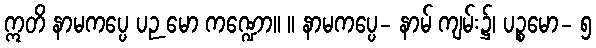
ဣတိ နာမကပ္ပေ ပဉ မော ကဏ္ဍော။ ။ နာမကပ္ပေ- နာမ် ကျမ်း၌၊ ပဉ္စမော- ၅